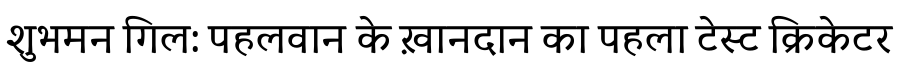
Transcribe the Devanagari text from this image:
शुभमन गिल: पहलवान के ख़ानदान का पहला टेस्ट क्रिकेटर